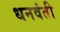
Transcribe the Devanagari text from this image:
धनवंती